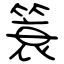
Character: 簑